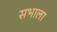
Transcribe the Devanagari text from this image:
सभाला